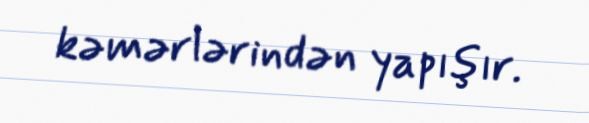
kəmərlərindən yapışır.